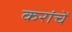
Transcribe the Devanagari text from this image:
करांचें